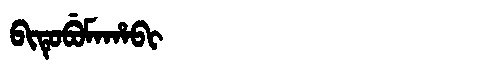
Manchu: ᠪᡳᡨᡠᠪᡠᠮᠠᡥᠠᠪᡳ
Romanization: BITUBUMAHABI